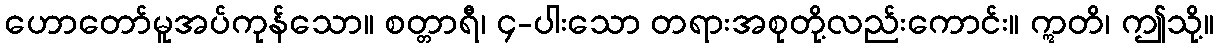
ဟောတော်မူအပ်ကုန်သော။ စတ္တာရီ၊ ၄-ပါးသော တရားအစုတို့လည်းကောင်း။ ဣတိ၊ ဤသို့။